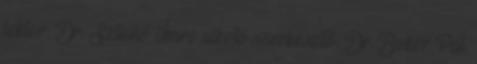
lektor: Dr. Sztanó Imre alkotó szerkesztő: Dr. Bokor Pál